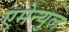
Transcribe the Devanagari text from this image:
एमेन्युल